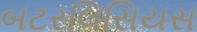
બટરલિસિયસ